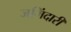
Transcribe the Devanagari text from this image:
जमिंदारी